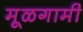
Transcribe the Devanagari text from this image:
मूळगामी